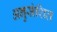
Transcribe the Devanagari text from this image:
अनुसंशित